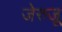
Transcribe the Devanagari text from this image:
जेरुजू